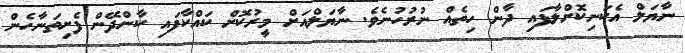
ނާޔަލް އެކަނިކޮށްލާފައި ދާން ހިތެއް ނުރުހުނެވެ. ނާޔަލްއަށް މީރުކޮށް ކައްކާފައި ކާންދޭން ފެށިތަނާހެން